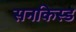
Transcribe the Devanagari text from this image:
सनकिस्ड